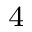
_ 4